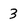
Character: 3